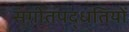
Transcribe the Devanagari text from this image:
संगीतपद्धतियों